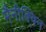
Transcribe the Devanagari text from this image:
मैनीक्विन